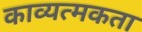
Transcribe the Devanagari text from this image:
काव्यत्मकता